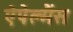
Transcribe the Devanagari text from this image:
ऐपेल्मैंस